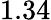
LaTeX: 1.34